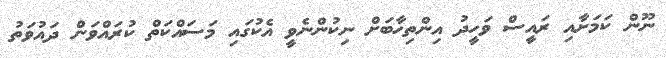
ނޫން ކަމަށާއި ރައީސް ވަހީދު އިންތިހާބަށް ނިކުންނެވީ އެކުގައި މަސައްކަތް ކުރައްވަން ދައުވަތު